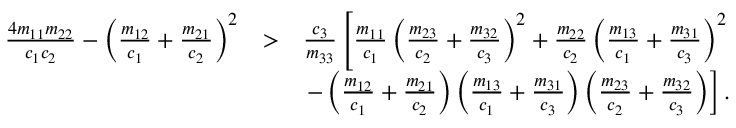
\begin{array} { r l r } { \frac { 4 m _ { 1 1 } m _ { 2 2 } } { c _ { 1 } c _ { 2 } } - \left( \frac { m _ { 1 2 } } { c _ { 1 } } + \frac { m _ { 2 1 } } { c _ { 2 } } \right) ^ { 2 } } & { > } & { \frac { c _ { 3 } } { m _ { 3 3 } } \left[ \frac { m _ { 1 1 } } { c _ { 1 } } \left( \frac { m _ { 2 3 } } { c _ { 2 } } + \frac { m _ { 3 2 } } { c _ { 3 } } \right) ^ { 2 } + \frac { m _ { 2 2 } } { c _ { 2 } } \left( \frac { m _ { 1 3 } } { c _ { 1 } } + \frac { m _ { 3 1 } } { c _ { 3 } } \right) ^ { 2 } \right. } \\ & { } & { \left. - \left( \frac { m _ { 1 2 } } { c _ { 1 } } + \frac { m _ { 2 1 } } { c _ { 2 } } \right) \left( \frac { m _ { 1 3 } } { c _ { 1 } } + \frac { m _ { 3 1 } } { c _ { 3 } } \right) \left( \frac { m _ { 2 3 } } { c _ { 2 } } + \frac { m _ { 3 2 } } { c _ { 3 } } \right) \right] . } \end{array}